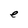
Character: e